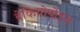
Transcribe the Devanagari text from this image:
ब्रेकियोपोड्स